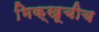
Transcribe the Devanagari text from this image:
भिक्खूचीच